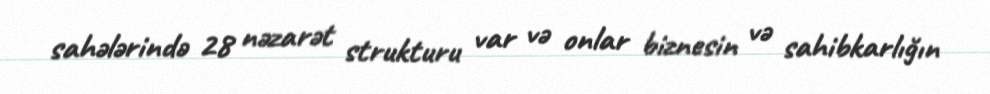
sahələrində 28 nəzarət strukturu var və onlar biznesin və sahibkarlığın